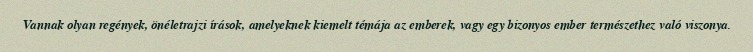
Vannak olyan regények, önéletrajzi írások, amelyeknek kiemelt témája az emberek, vagy egy bizonyos ember természethez való viszonya.